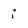
Character: i